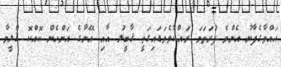
ޙައްވާގެފާނު އެންމެ ފުރަތަމަ ރައްކާވެވަޑައިގަތީ ޤާބީލު އާއި އޭނާގެ އަންހެން ކޮއްކޮ ޤްލީމާ